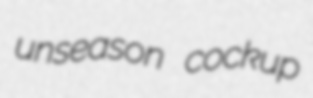
unseason cockup